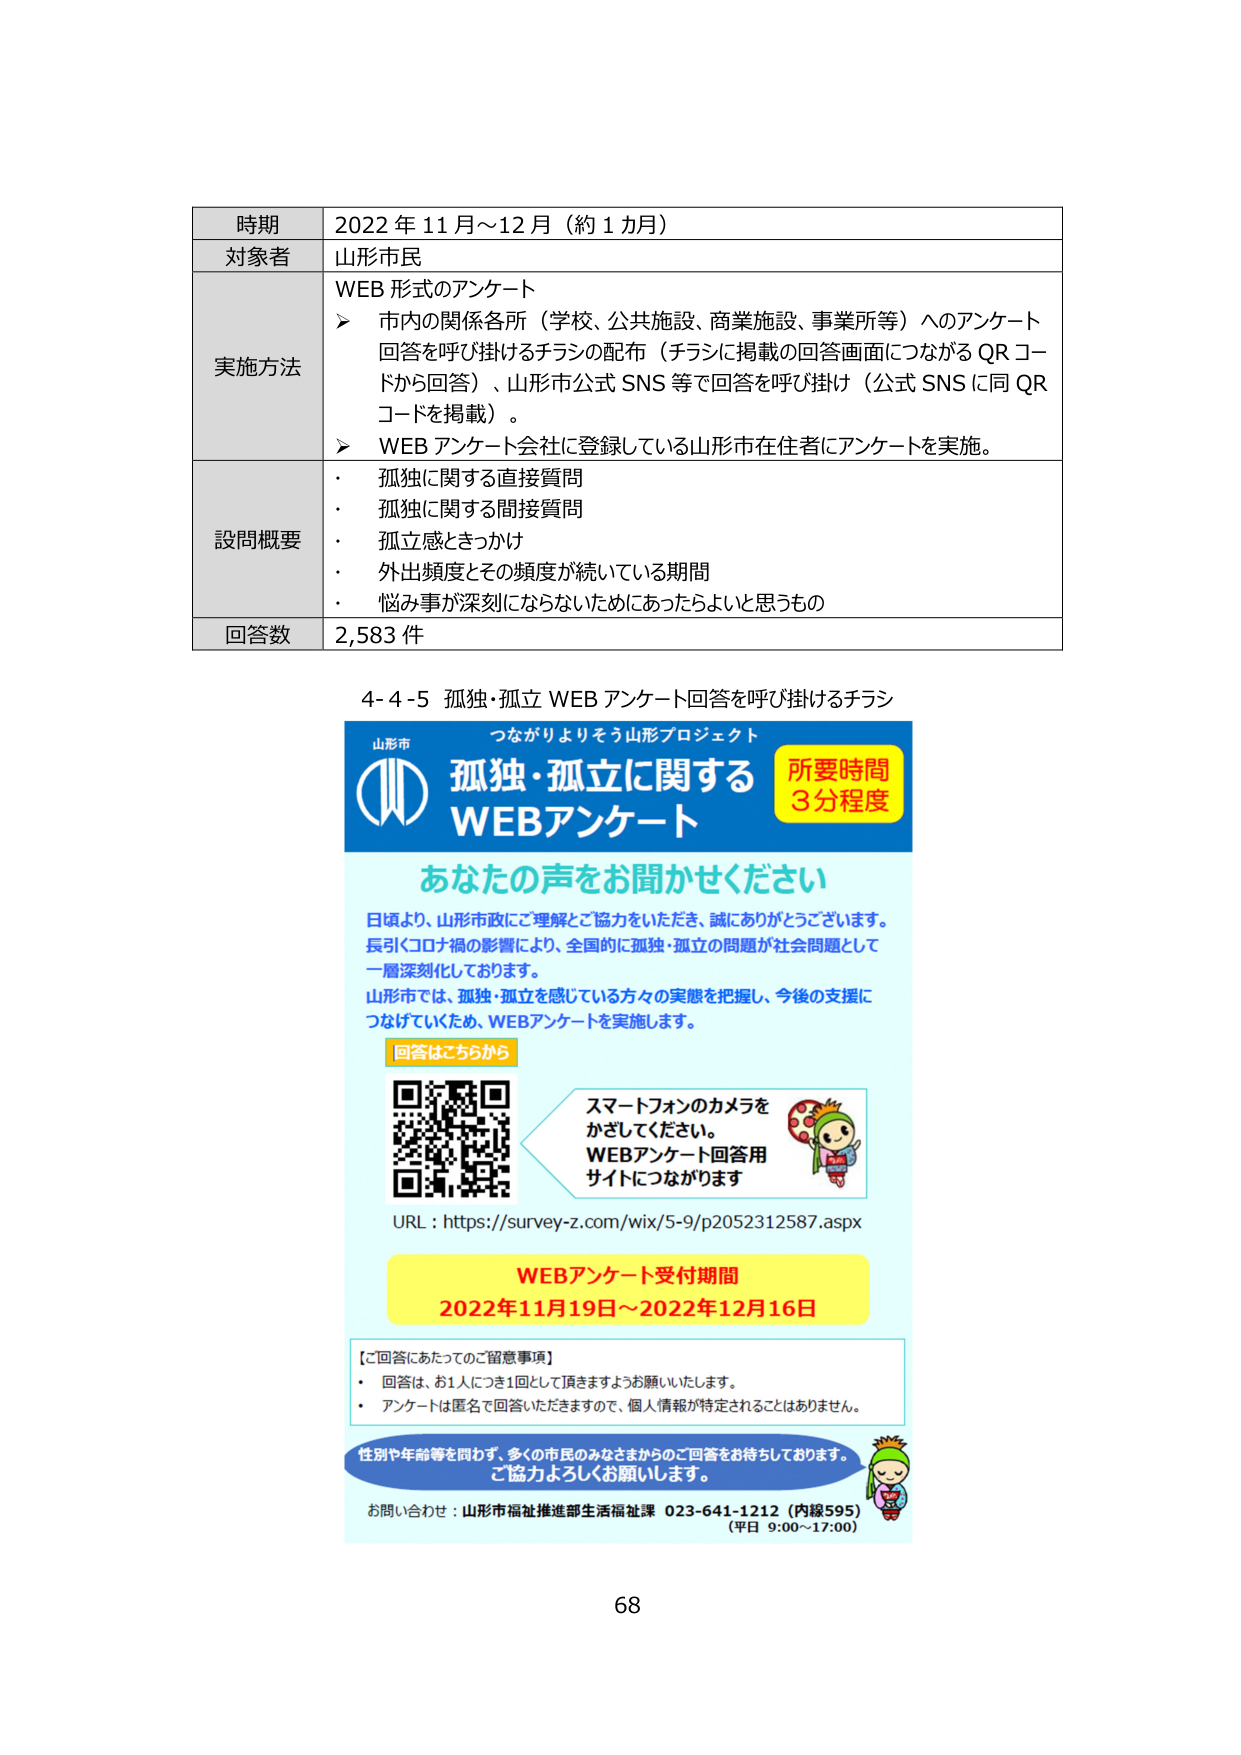
時期 2022年11月～12月（約1カ月）
対象者 山形市民
実施方法 WEB形式のアンケート
　　➤ 市内の関係各所（学校、公共施設、商業施設、事業所等）へのアンケート
　　　回答を呼び掛けるチラシの配布（チラシに掲載の回答画面につながるQRコードから回答）、山形市公式SNS等で回答を呼び掛け（公式SNSに同QRコードを掲載）。
　　➤ WEBアンケート会社に登録している山形市在住者にアンケートを実施。
設問概要
　・ 孤独に関する直接質問
　・ 孤独に関する間接質問
　・ 孤立感ときっかけ
　・ 外出頻度とその頻度が続いている期間
　・ 悩み事が深刻にならないためにあったらよいと思うもの
回答数 2,583件

4-4-5 孤独・孤立 WEBアンケート回答を呼び掛けるチラシ

山形市 つながりよりそう山形プロジェクト
孤独・孤立に関する
WEBアンケート
所要時間
3分程度

あなたの声をお聞かせください
日頃より、山形市政にご理解とご協力をいただき、誠にありがとうございます。
長引くコロナ禍の影響により、全国的に孤独・孤立の問題が社会問題として
一層深刻化しております。
山形市では、孤独・孤立を感じている方々の実態を把握し、今後の支援に
つなげていくため、WEBアンケートを実施します。

回答はこちらから
[QRコード]
スマートフォンのカメラを
かざしてください。
WEBアンケート回答用
サイトにつながります

URL：https://survey-z.com/wix/5-9/p2052312587.aspx

WEBアンケート受付期間
2022年11月19日～2022年12月16日

【ご回答にあたってのご留意事項】
・ 回答は、お1人につき1回として頂きますようお願いいたします。
・ アンケートは匿名で回答いただきますので、個人情報が特定されることはありません。

性別や年齢等を問わず、多くの市民のみなさまからのご回答をお待ちしております。
ご協力よろしくお願いします。

お問い合わせ：山形市福祉推進部生活福祉課 023-641-1212（内線595）
（平日 9:00～17:00）

68